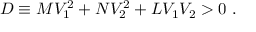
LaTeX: { \cal D } \equiv M V _ { 1 } ^ { 2 } + N V _ { 2 } ^ { 2 } + L V _ { 1 } V _ { 2 } > 0 \ .